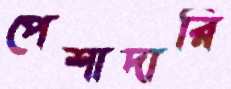
পেশাদারি